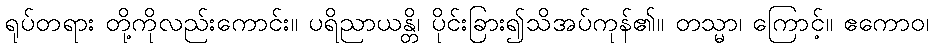
ရုပ်တရား တို့ကိုလည်းကောင်း။ ပရိညာယန္တိ၊ ပိုင်းခြား၍သိအပ်ကုန်၏။ တသ္မာ၊ ကြောင့်။ ဧကောဝ၊